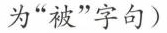
为”被”字句)